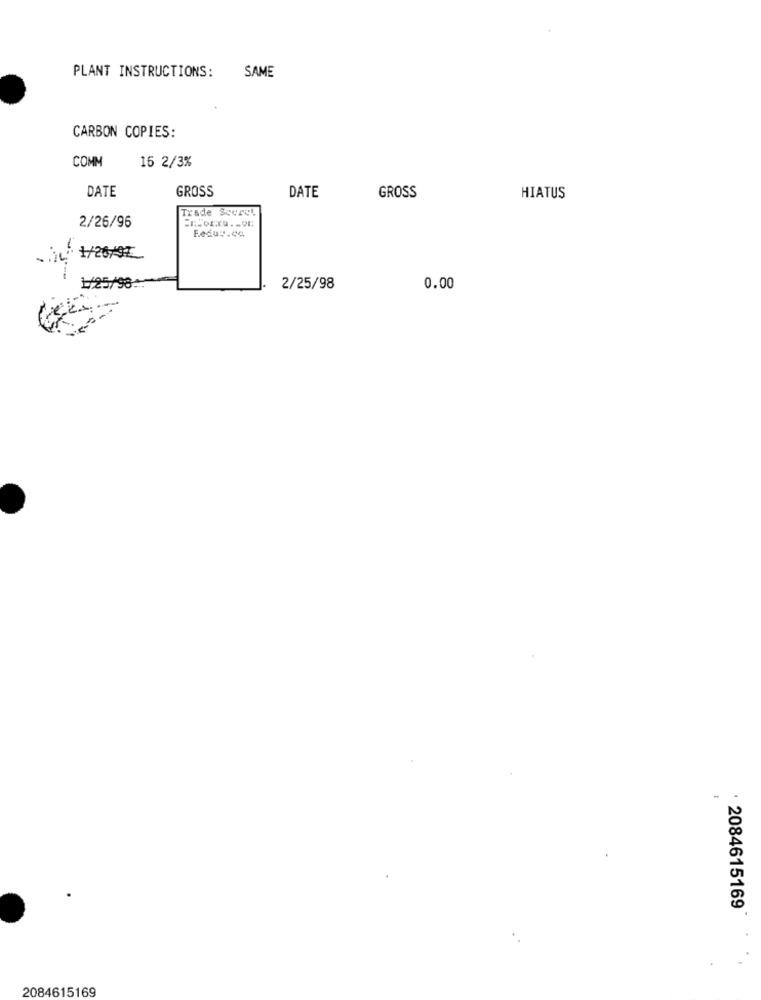
PLANT INSTRUCTIONS:
SAME
CARBON COPIES:
COMM
16 2/3%
DATE
GROSS
DATE
GROSS
HIATUS
Trade Scorch
2/26/96
Fedu :. ca
- 1 1/26/92_
1/25/98 **
2/25/98
0.00
2084615169
2084615169